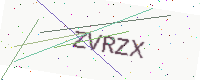
Text: ZVRZX